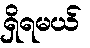
ရှိရမယ်